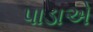
પાડાએ